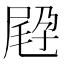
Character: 𡲪